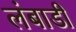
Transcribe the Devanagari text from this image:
लंबाडी